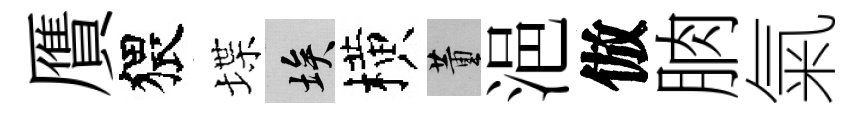
贋猥堞埃横董浥倣朒氣